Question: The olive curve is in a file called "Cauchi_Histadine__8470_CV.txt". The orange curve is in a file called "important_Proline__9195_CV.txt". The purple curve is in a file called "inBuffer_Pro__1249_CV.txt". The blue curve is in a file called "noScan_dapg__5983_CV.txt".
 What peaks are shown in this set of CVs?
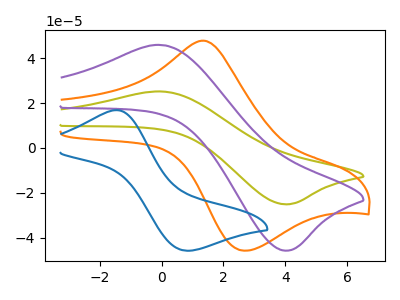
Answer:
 <answer>The olive curve "Histadine" has an anodic peak at (0.05V, 25.20uA) and a cathodic peak at (3.95V, -25.10uA). The orange curve "Proline" has an anodic peak at (1.40V, 47.85uA) and a cathodic peak at (2.65V, -45.80uA). The purple curve "Pro" has an anodic peak at (0.05V, 45.90uA) and a cathodic peak at (3.95V, -45.80uA). The blue curve "dapg" has an anodic peak at (-1.45V, 16.90uA) and a cathodic peak at (0.75V, -45.85uA).</answer>
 <eval></eval>